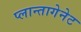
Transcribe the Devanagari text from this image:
प्लान्तागेनेट